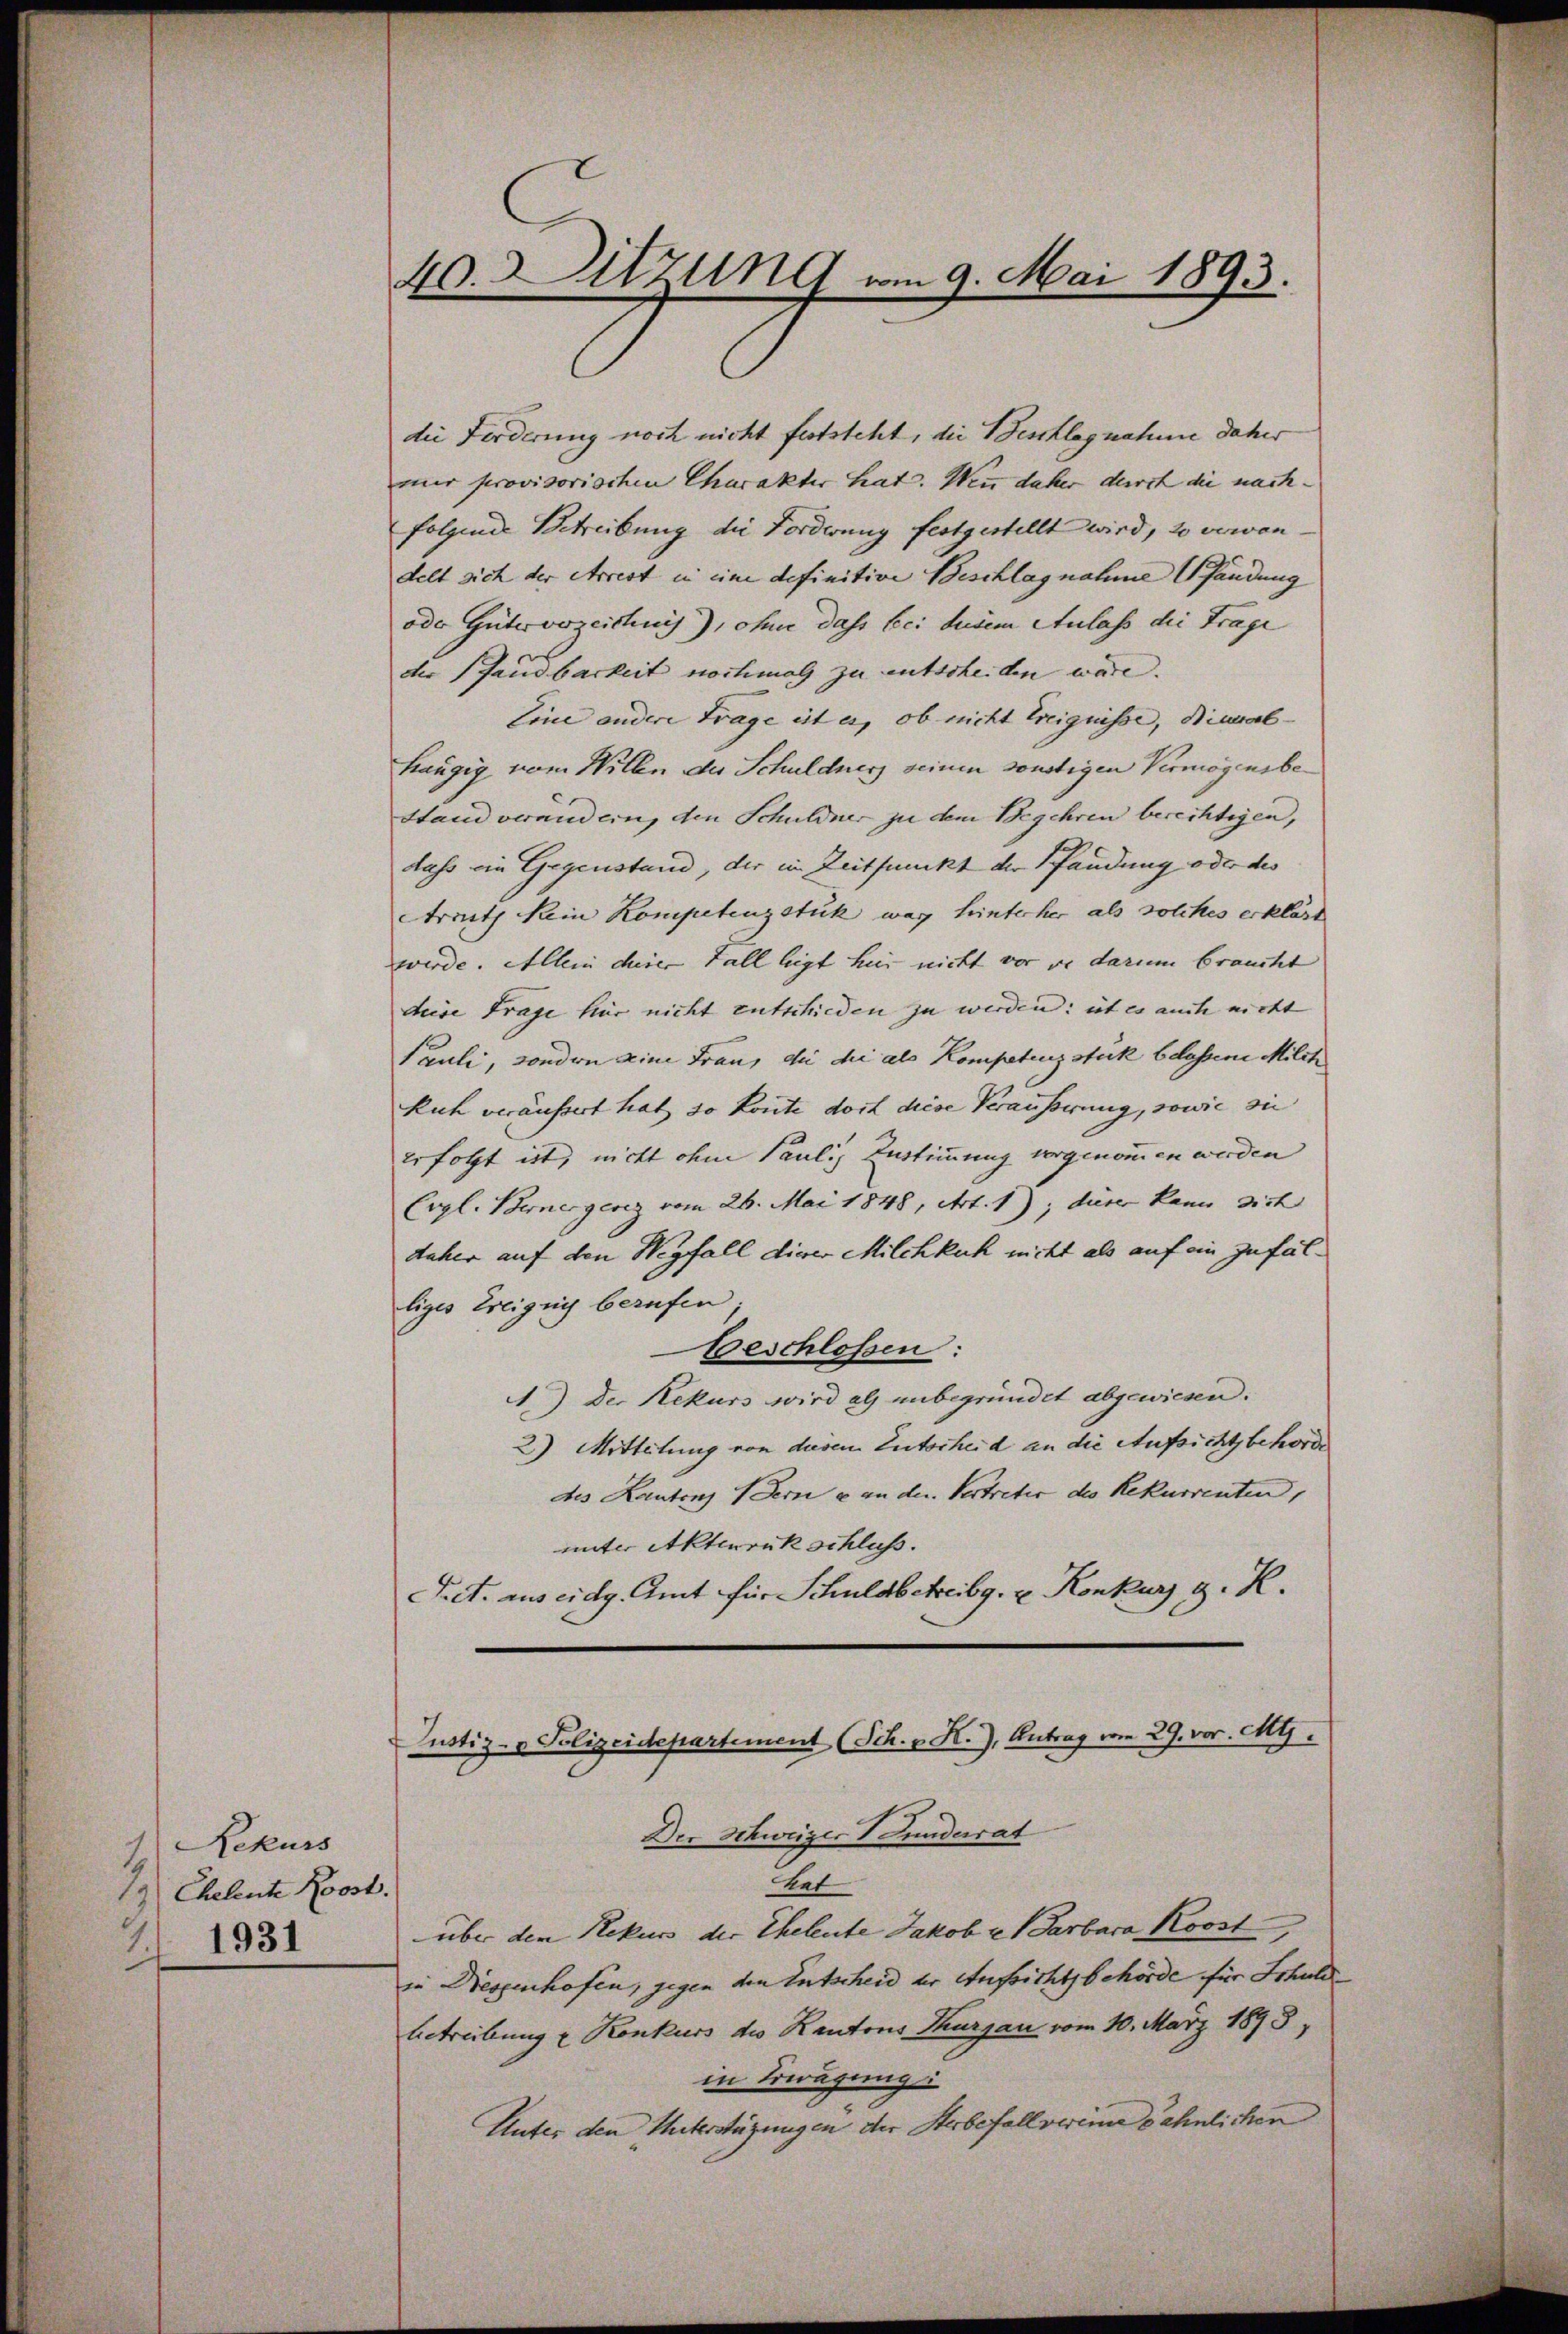
Rekurs
1. Cheleute Roost.
1931

die Forderung noch nicht feststeht, die Beschlagnahme daher
mir provisorischen Charakter hat. Wenn daher durch die nach-
folgende Betreibung die Forderung festgestellt wird, 20 verandelt sich der Arrest in eine definitive Beschlagnahme fändung
oder Gütervereichnis), ohne dass bei dudem Anlass die Frage
der Landbarkeit nochmal zu entscheiden wäre.
Eine andere Frage ist es, ob nicht Ereignisse, Dianal-
hängig vom Willen der Schuldners seinen sonstigen Vermögensbe¬
Stand verandern, den Schuldner zu dem Begehren berechtigen,
dass ein Gegenstand, der in Zeitfunckt der Pfandung oder des
Arneth kein Kompetenzstück war hinterher als solches erklärt
werde. Allein derer Fall legt hier nicht vor je darum braucht
dere Frage her nicht entschieden zu werden; ist es auch nicht
Pauli, sondern eine Frau, die die als Kompetenz stuck belassene Milch
Kuh veräussert hat, so konnte dort diese Veräusserung, sowie sie
erfolgt ist, nicht ohne Pauli, Zustimmung vorgenommen werden
Ergl. Bernergenz vom 26. Mai 1848, Art. 1); dieser kann dich
daher auf den Wegfall dieser Milchkuch nicht als auf ein zufälliges Ereignis berufen.
beschlossen:
A.) Der Rekurs wird als unbegründet abgewiesen.
2) Mitteilung von diesem Entscheid an die Aufsichtsbehörde
des Kantons Bern u. an der Vertretic des Rekurrenten,
unter Aktenrückschluss.
Pret. aus eidg. Amt für Schuldbetreibg. u. Konkurs d. R.

40. Sitzung vom 9. Mai 1893.

Justiz- & Polizeidepartement (Sch. v. K.), Antrag vom 29. vor. Mts.

Der Schweizer Funderrat
tet
über den Rekurs der Eheleute Jakob e 1 Garbara Roost
in Diessenhofen, gegen den Entscheid der Aufsichtsbehörde für Schuld¬
Betreibung u Konkurs des Kantons Thurgau vom 10. März 1893,
in Erwägung
Unter den Unterstüzungen der Herbefallverinne ähnlichen